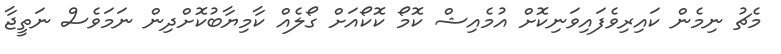
މެޗު ނިމެން ކައިރިވެފައިވަނިކޮށް އުމެއިޝް ކޮމޯ ކޮކޯއަށް ގޯލެއް ކާމިޔާބުކޮށްދިން ނަމަވެސް ނަތީޖާ